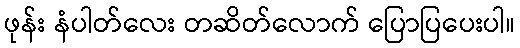
ဖုန်း နံပါတ်လေး တဆိတ်လောက် ပြောပြပေးပါ။